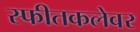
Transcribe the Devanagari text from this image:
स्फीतकलेवर